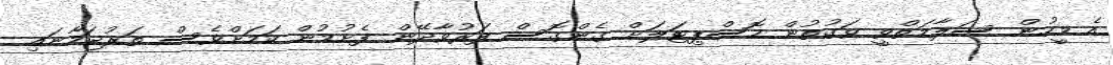
އެ މީހުން ސަލާމަތްވީ ވަގުތުން ހޮސްޕިޓަލަށް ގެންގޮސް ފަރުވާދޭން ފެށުމުން ކަމަށްވެސް ތަރުޖަމާނައި